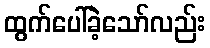
ထွက်ပေါ်ခဲ့သော်လည်း